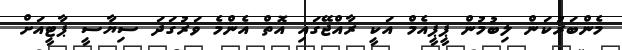
މެންބަރުކަން ލިބުމުން ޕީޕީއެމް އަކީ ރާއްޖޭގައި އޮތް އެންމެ ވަރުގަދަ ސިޔާސީ ޕާާޓީއަށް